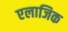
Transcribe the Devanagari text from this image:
एलाजिक